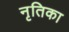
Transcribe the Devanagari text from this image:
नृतिका